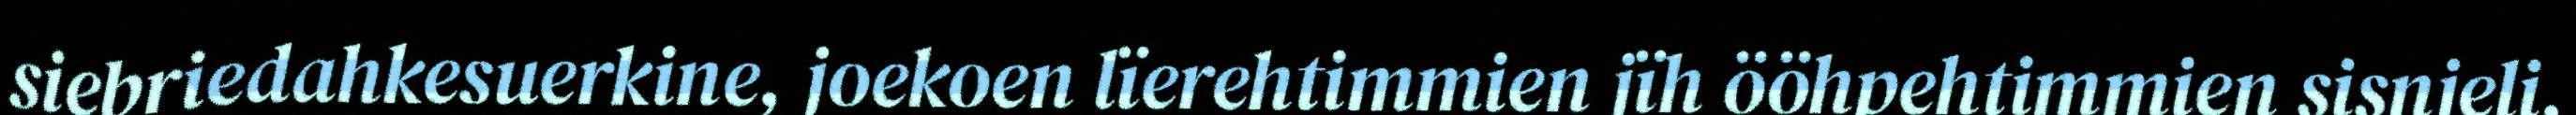
siebriedahkesuerkine, joekoen lïerehtimmien jïh ööhpehtimmien sisnjeli,